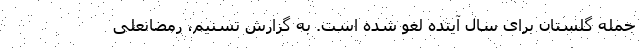
جمله گلستان برای سال آینده لغو شده است. به گزارش تسنیم، رمضانعلی